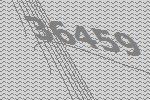
36459